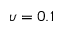
\upsilon = 0 . 1